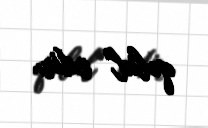
qəbul edir.